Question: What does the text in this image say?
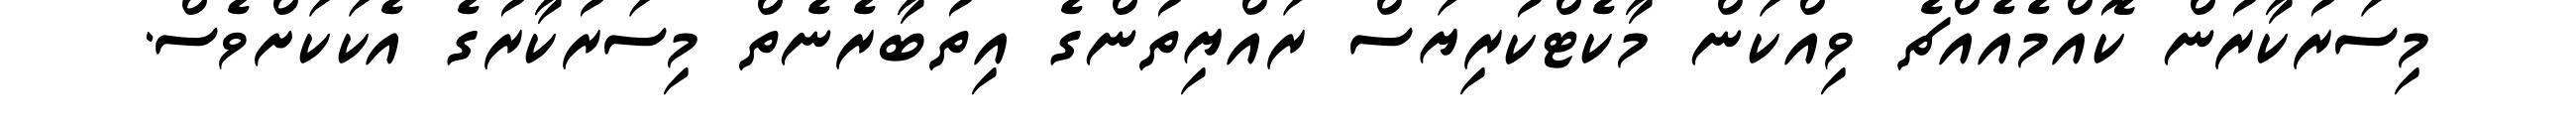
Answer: މިސަރުކާރުން ކޮއްމެއެއްޗެ ވިއްކަން މާކެޓްކުރިޔަސް ރައްޔިތުންގެ އިތުބާރެނެތް މިސަރުކާރުގެ އެކަކަށްވެސް.